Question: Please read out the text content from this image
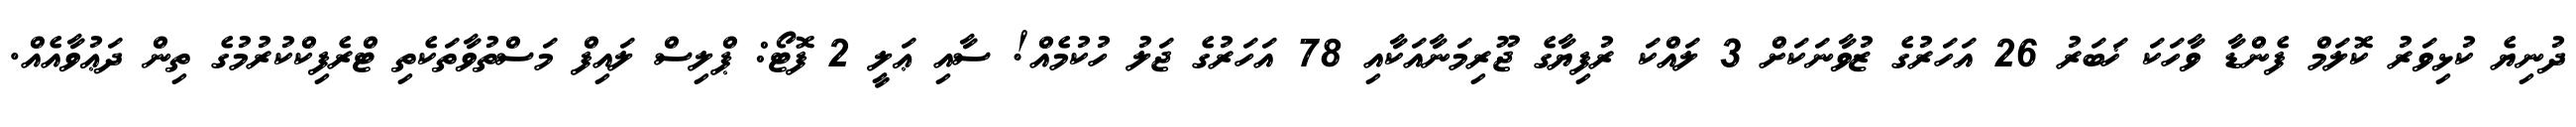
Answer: ދުނިޔެ ކުޅިވަރު ކޮލަމް ފެންޑާ ވާހަކަ ޚަބަރު 26 އަހަރުގެ ޒުވާނަކަށް 3 ލައްކަ ރުފިޔާގެ ޖޫރިމަނާއަކާއި 78 އަހަރުގެ ޖަލު ހުކުމެއް! ސާއި ޢަލީ 2 ފޮޓޯ: ޕްލިސް ލައިފް މަސްތުވާތަކެތި ޓްރެފިކްކުރުމުގެ ތިން ދަޢުވާއެއް.